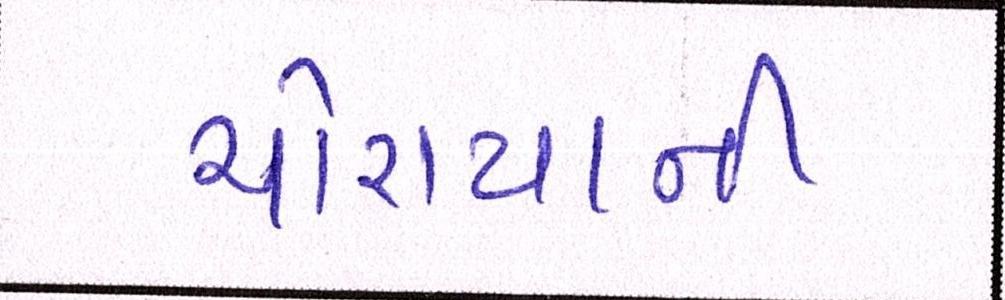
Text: ચોરાયાની